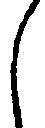
し